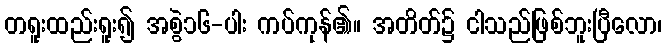
တရူးထည်းရူး၍ အစွဲ၁၆-ပါး ကပ်ကုန်၏။ အတိတ်၌ ငါသည်ဖြစ်ဘူးပြီလော၊